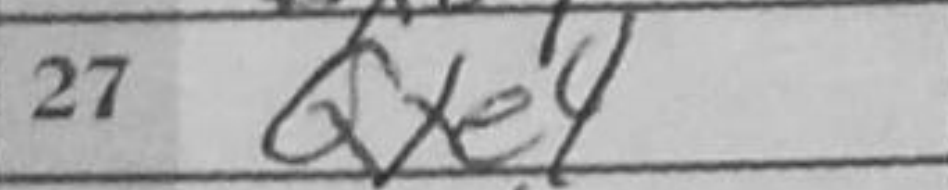
Transcription: Qxe4